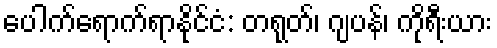
ပေါက်ရောက်ရာနိုင်ငံ: တရုတ်၊ ဂျပန်၊ ကိုရီးယား